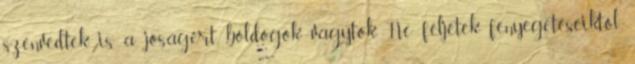
szenvedtek is a jóságért, boldogok vagytok. Ne féljetek fenyegetéseiktől,